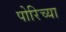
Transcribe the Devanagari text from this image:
पोरिच्या